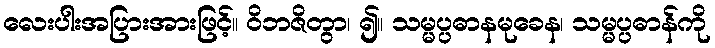
လေးပါးအပြားအားဖြင့်။ ဝိဘဇိတွာ၊ ၍။ သမ္မပ္ပဓာနမုခေန၊ သမ္မပ္ပဓာန်ကို